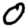
Digit: 0